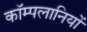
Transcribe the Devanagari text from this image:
कॉम्पलानियों